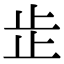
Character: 𣥕